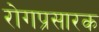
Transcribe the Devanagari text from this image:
रोगप्रसारक